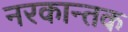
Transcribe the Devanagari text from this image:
नरकान्तक